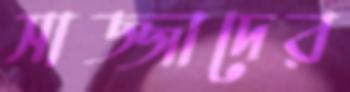
সাজ্জাদের